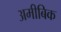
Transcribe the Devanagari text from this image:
अमीबिक